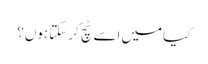
کیا میں اسے ٹچ کر سکتا ہوں؟